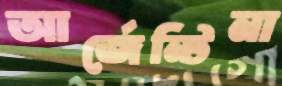
আর্জেন্টিনা